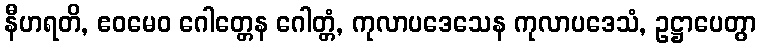
နီဟရတိ, ဧဝမေဝ ဂေါတ္တေန ဂေါတ္တံ, ကုလာပဒေသေန ကုလာပဒေသံ, ဥဋ္ဌာပေတွာ